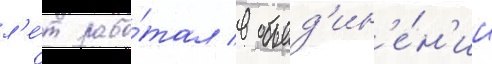
л'е́т рабо́тал в объед'ин'е́н'ии